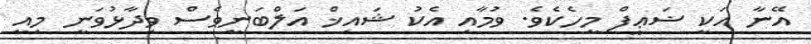
އޭނާ އަކީ ޟަޢީފް މީހެކެވެ. ވުމާއި އެކު ޝައިޚް އަލްބަނީވެސް ވިދާޅުވަނީ މިއީ